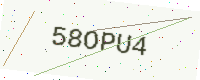
Text: 58OPU4